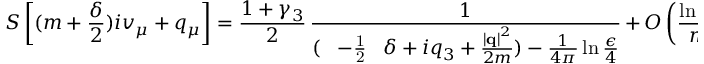
S \left[ ( m + \frac { \delta } { 2 } ) i v _ { \mu } + q _ { \mu } \right] = \frac { 1 + \gamma _ { 3 } } { 2 } \, \frac { 1 } { ( \mathrm { ~ \, ~ - \frac { 1 } { 2 } ~ \, ~ } \delta + i q _ { 3 } + \frac { \left| { \bf q } \right| ^ { 2 } } { 2 m } ) - \frac { 1 } { 4 \pi } \ln \frac { \epsilon } { 4 } } \, + \, O \left( \frac { \ln m } { m } \right) .